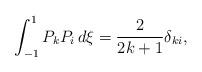
LaTeX: \begin{align*}\int_{-1}^{1} P_kP_i \,d\xi = \frac {2}{2k+1}\delta_{ki},\end{align*}